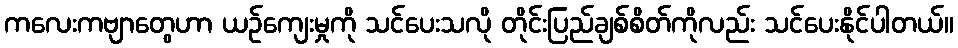
ကလေးကဗျာတွေဟာ ယဉ်ကျေးမှုကို သင်ပေးသလို တိုင်းပြည်ချစ်စိတ်ကိုလည်း သင်ပေးနိုင်ပါတယ်။